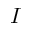
I